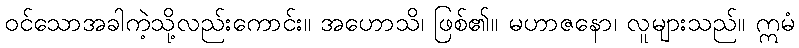
ဝင်သောအခါကဲ့သို့လည်းကောင်း။ အဟောသိ၊ ဖြစ်၏။ မဟာဇနော၊ လူများသည်။ ဣမံ